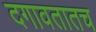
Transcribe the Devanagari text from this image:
दगावतातच